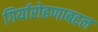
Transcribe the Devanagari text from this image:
गिर्यारोहणाबद्दल